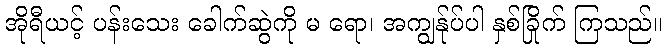
အိုရီယင့် ပန်းသေး ခေါက်ဆွဲကို မ ရော၊ အကျွန်ုပ်ပါ နှစ်ခြိုက် ကြသည်။